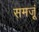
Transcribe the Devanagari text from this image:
समजूं